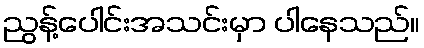
ညွန့်ပေါင်းအသင်းမှာ ပါနေသည်။